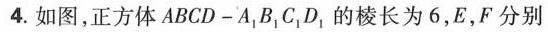
4.如图，正方体ABCD——A_{1}B_{1}C_{1}D_{1}的棱长为6，E，F分别